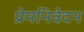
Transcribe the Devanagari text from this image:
प्रेमनिवेदन